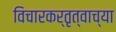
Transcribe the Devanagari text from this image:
विचारकर्तृत्वाच्या